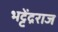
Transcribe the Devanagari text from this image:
भट्टेंद्रराज